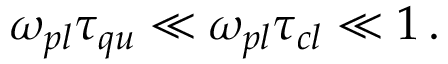
\omega _ { p l } \tau _ { q u } \ll \omega _ { p l } \tau _ { c l } \ll 1 \, .